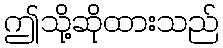
ဤသို့ဆိုထားသည်